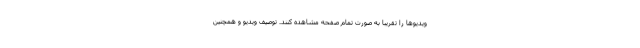
ویدیوها را تقریبا به صورت تمام صفحه مشاهده کنند. توصیف ویدیو و همچنین